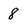
Character: 8